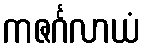
ကဇင်္ဂလာယံ